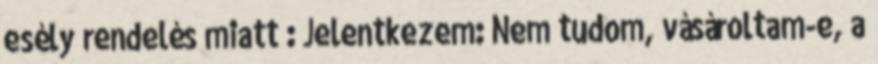
esély rendelés miatt : Jelentkezem: Nem tudom, vásároltam-e, a